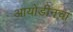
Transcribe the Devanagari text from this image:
आयोडीनचा